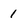
Character: 1